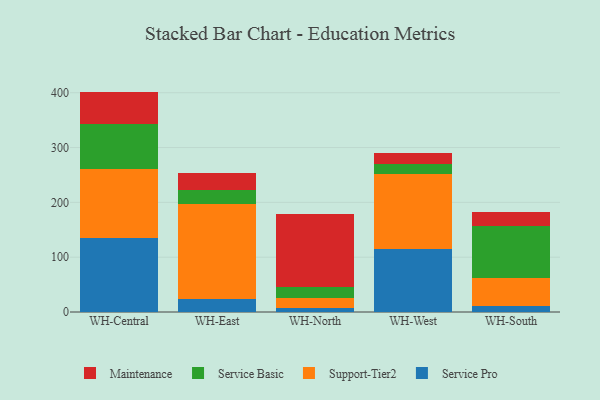
{"axis": {"x": "Warehouse", "y": "Temperature (°C)"}, "legend": ["Maintenance", "Service Basic", "Service Pro", "Support-Tier2"], "data": [{"x": "WH-Central", "y": 134.6, "type": "Service Pro"}, {"x": "WH-Central", "y": 125.8, "type": "Support-Tier2"}, {"x": "WH-Central", "y": 81.8, "type": "Service Basic"}, {"x": "WH-Central", "y": 59.9, "type": "Maintenance"}, {"x": "WH-East", "y": 22.9, "type": "Service Pro"}, {"x": "WH-East", "y": 174.6, "type": "Support-Tier2"}, {"x": "WH-East", "y": 24.8, "type": "Service Basic"}, {"x": "WH-East", "y": 31.9, "type": "Maintenance"}, {"x": "WH-North", "y": 6.9, "type": "Service Pro"}, {"x": "WH-North", "y": 17.8, "type": "Support-Tier2"}, {"x": "WH-North", "y": 21.8, "type": "Service Basic"}, {"x": "WH-North", "y": 131.7, "type": "Maintenance"}, {"x": "WH-West", "y": 115.7, "type": "Service Pro"}, {"x": "WH-West", "y": 136.6, "type": "Support-Tier2"}, {"x": "WH-West", "y": 18.5, "type": "Service Basic"}, {"x": "WH-West", "y": 18.7, "type": "Maintenance"}, {"x": "WH-South", "y": 10.7, "type": "Service Pro"}, {"x": "WH-South", "y": 51.5, "type": "Support-Tier2"}, {"x": "WH-South", "y": 94.7, "type": "Service Basic"}, {"x": "WH-South", "y": 26.1, "type": "Maintenance"}]}